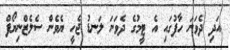
އަދި ދެވަނަ ހާފުގައި އެ ޓީމުގެ ދެވަނަ ލަނޑު ޖެހީ ޔެވެން ސެލެޒްނިޔޯފް